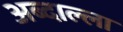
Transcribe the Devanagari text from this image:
अब्दाल्ला